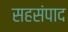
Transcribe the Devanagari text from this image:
सहसंपाद